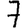
Digit: 7